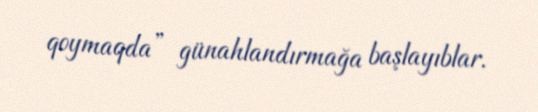
qoymaqda” günahlandırmağa başlayıblar.